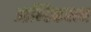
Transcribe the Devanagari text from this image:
आन्हिकरत्न